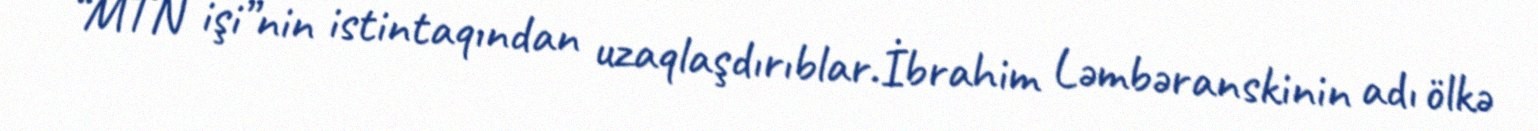
“MTN işi”nin istintaqından uzaqlaşdırıblar.İbrahim Ləmbəranskinin adı ölkə